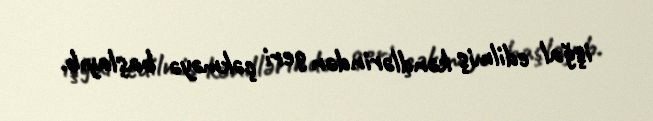
işğal edilmiş kəndlərindən geri çəkməyə başlayıb.